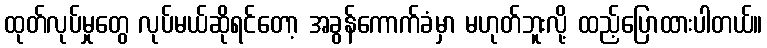
ထုတ်လုပ်မှုတွေ လုပ်မယ်ဆိုရင်တော့ အခွန်ကောက်ခံမှာ မဟုတ်ဘူးလို့ ထည့်ပြောထားပါတယ်။